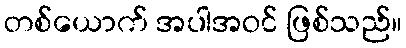
တစ်ယောက် အပါအဝင် ဖြစ်သည်။